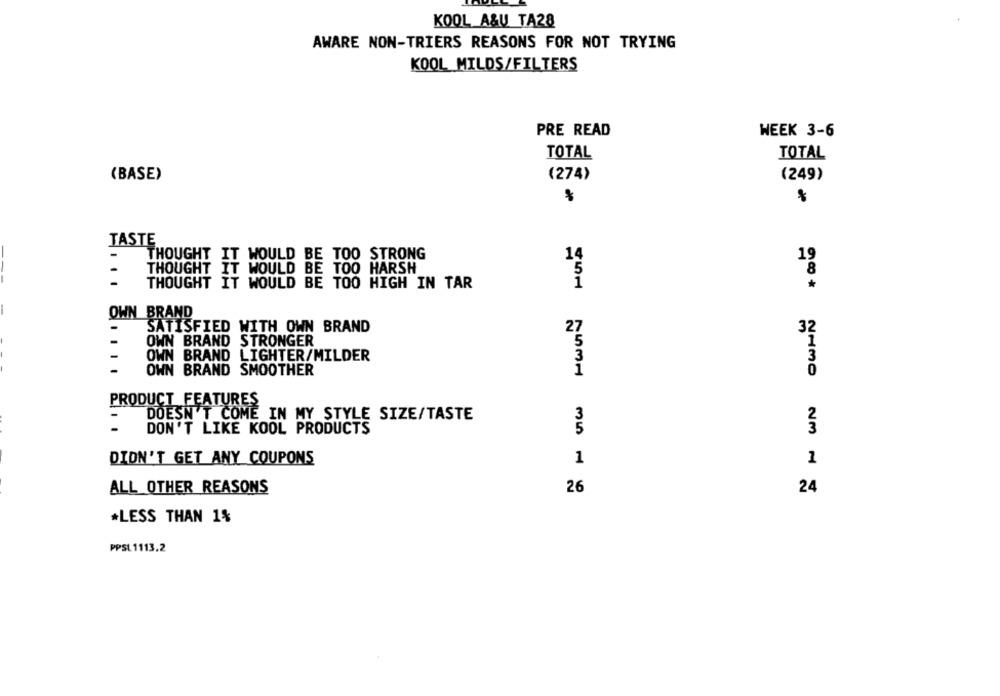
KOOL A&U TA28
AWARE NON-TRIERS REASONS FOR NOT TRYING
KOOL MILDS/FILTERS
PRE READ
WEEK 3-6
TOTAL
TOTAL
(BASE)
(274)
(249)
TASTE
-
THOUGHT IT WOULD BE TOO STRONG
14
19
-
THOUGHT IT WOULD BE TOO HARSH
5
-
THOUGHT IT WOULD BE TOO HIGH IN TAR
1
OWN BRAND
SATISFIED WITH OWN BRAND
27
OWN BRAND STRONGER
OWN BRAND LIGHTER/MILDER
OWN BRAND SMOOTHER
PRODUCT FEATURES
-
DOESN'T COME IN MY STYLE SIZE/TASTE
-
DON'T LIKE KOOL PRODUCTS
DIDN'T GET ANY COUPONS
1
1
ALL OTHER REASONS
26
24
00* NAMO NM = =
*LESS THAN 1%
PPSL 1113.2